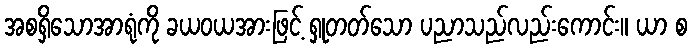
အစရှိသောအာရုံကို ခယဝယအားဖြင့် ရှုတတ်သော ပညာသည်လည်းကောင်း။ ယာ စ